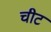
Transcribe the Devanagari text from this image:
चीट